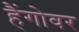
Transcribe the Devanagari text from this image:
हैंगोवर